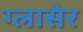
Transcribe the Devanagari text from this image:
ग्लासेर